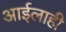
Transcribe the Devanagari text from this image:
आईलाही